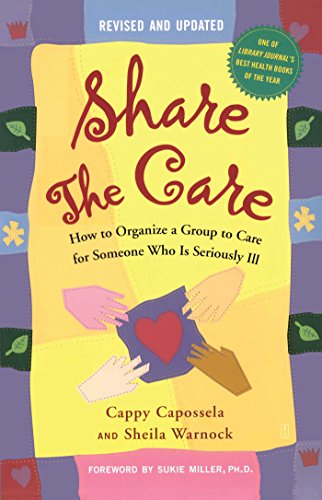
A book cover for Share The Care: How to Organize a Group to Care for Someone Who Is Seriously Ill, (Revised and Updated); Cappy Capossela; Medical Books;